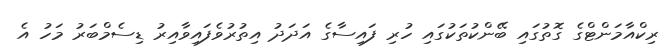
ރިކްއާމަންޓްގެ ގޮތުގައި ބޭންކުތަކުގައި ހުރި ފައިސާގެ އަދަދު އިތުރުވެފައިވާއިރު ޑިސެމްބަރު މަހު އެ